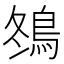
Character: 䳉